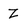
Character: z